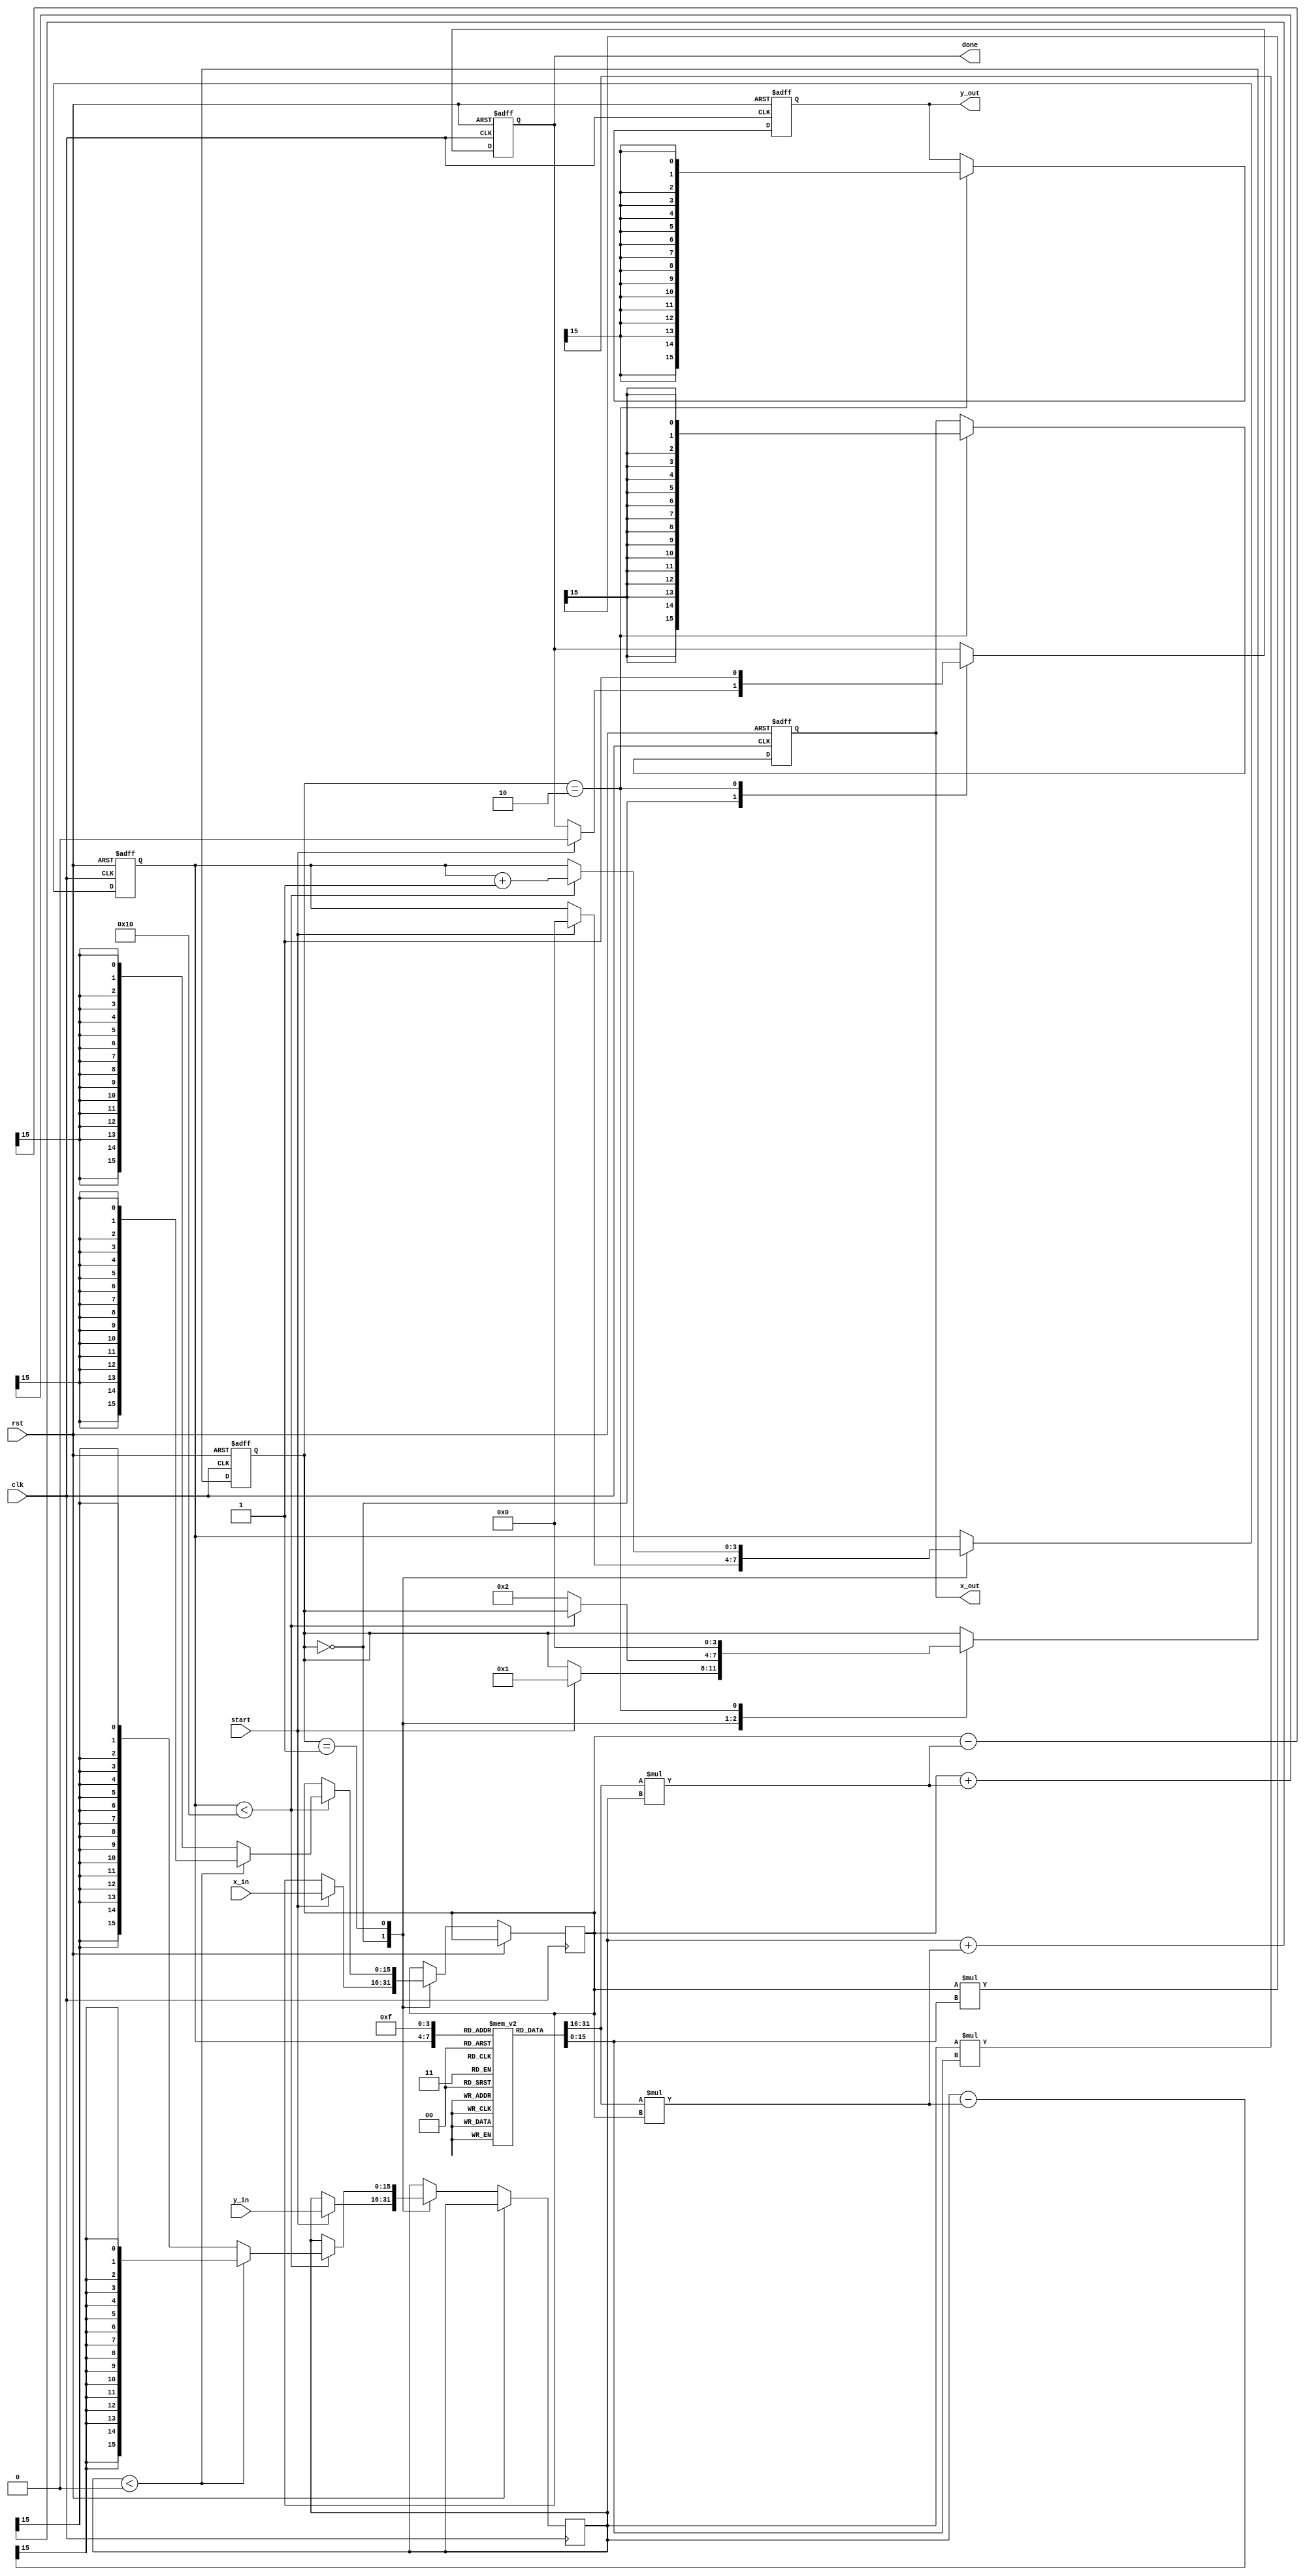
module complex_cordic #(
    parameter N = 16, // Number of iterations
    parameter WIDTH = 16 // Bit width for fixed-point representation
)(
    input clk,
    input rst,
    input start,
    input signed [WIDTH-1:0] x_in, // Real part of input
    input signed [WIDTH-1:0] y_in, // Imaginary part of input
    output reg signed [WIDTH-1:0] x_out, // Real part of output
    output reg signed [WIDTH-1:0] y_out, // Imaginary part of output
    output reg done
);

    // Angle Look-Up Table (LUT) for arctangent values
    reg signed [WIDTH-1:0] atan_table [0:N-1];
    initial begin
        // Precomputed arctangent values (scaled)
        atan_table[0] = 16'h0000; // atan(1) = 0
        atan_table[1] = 16'h2000; // atan(0.5) = 26.565 degrees
        atan_table[2] = 16'h4000; // atan(0.25) = 14.036 degrees
        // Add more values as needed...
    end

    // Scaling factor (K)
    reg signed [WIDTH-1:0] K [0:N-1];
    initial begin
        // Precomputed scaling factors
        K[0] = 16'h1FFF; // K0
        K[1] = 16'h1FFF; // K1
        // Add more values as needed...
    end

    // State variables
    reg [3:0] state;
    reg [3:0] iteration;
    reg signed [WIDTH-1:0] x_reg;
    reg signed [WIDTH-1:0] y_reg;
    reg signed [WIDTH-1:0] angle;

    // State machine
    always @(posedge clk or posedge rst) begin
        if (rst) begin
            state <= 0;
            done <= 0;
            iteration <= 0;
            x_out <= 0;
            y_out <= 0;
        end else begin
            case (state)
                0: begin // Initialization
                    if (start) begin
                        x_reg <= x_in;
                        y_reg <= y_in;
                        angle <= 0;
                        iteration <= 0;
                        state <= 1;
                        done <= 0;
                    end
                end
                1: begin // Iteration Loop
                    if (iteration < N) begin
                        if (y_reg < 0) begin // Rotate counterclockwise
                            x_reg <= x_reg + (K[iteration] * y_reg) >>> 15; // K_k * Y_k
                            y_reg <= y_reg - (K[iteration] * x_reg) >>> 15; // K_k * X_k
                            angle <= angle - atan_table[iteration];
                        end else begin // Rotate clockwise
                            x_reg <= x_reg - (K[iteration] * y_reg) >>> 15; // K_k * Y_k
                            y_reg <= y_reg + (K[iteration] * x_reg) >>> 15; // K_k * X_k
                            angle <= angle + atan_table[iteration];
                        end
                        iteration <= iteration + 1;
                    end else begin
                        state <= 2; // Move to scaling
                    end
                end
                2: begin // Scaling
                    x_out <= (x_reg * K[N-1]) >>> 15; // Apply scaling
                    y_out <= (y_reg * K[N-1]) >>> 15; // Apply scaling
                    done <= 1; // Indicate completion
                    state <= 0; // Reset state
                end
            endcase
        end
    end

endmodule